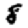
Digit: 8